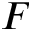
F